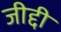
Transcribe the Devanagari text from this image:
जीद्दी